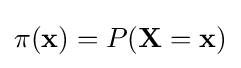
\pi (\mathbf {x} )=P(\mathbf {X} =\mathbf {x} )